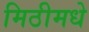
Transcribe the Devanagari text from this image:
मिठीमधे